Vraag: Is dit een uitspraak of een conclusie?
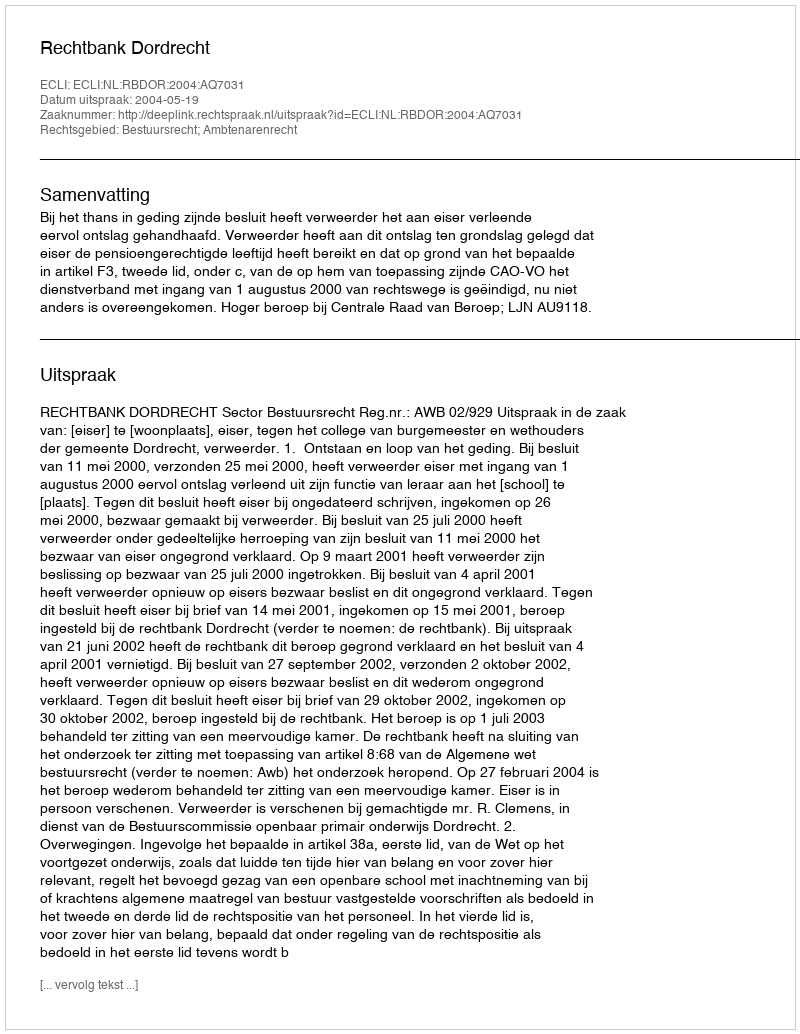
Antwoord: Uitspraak